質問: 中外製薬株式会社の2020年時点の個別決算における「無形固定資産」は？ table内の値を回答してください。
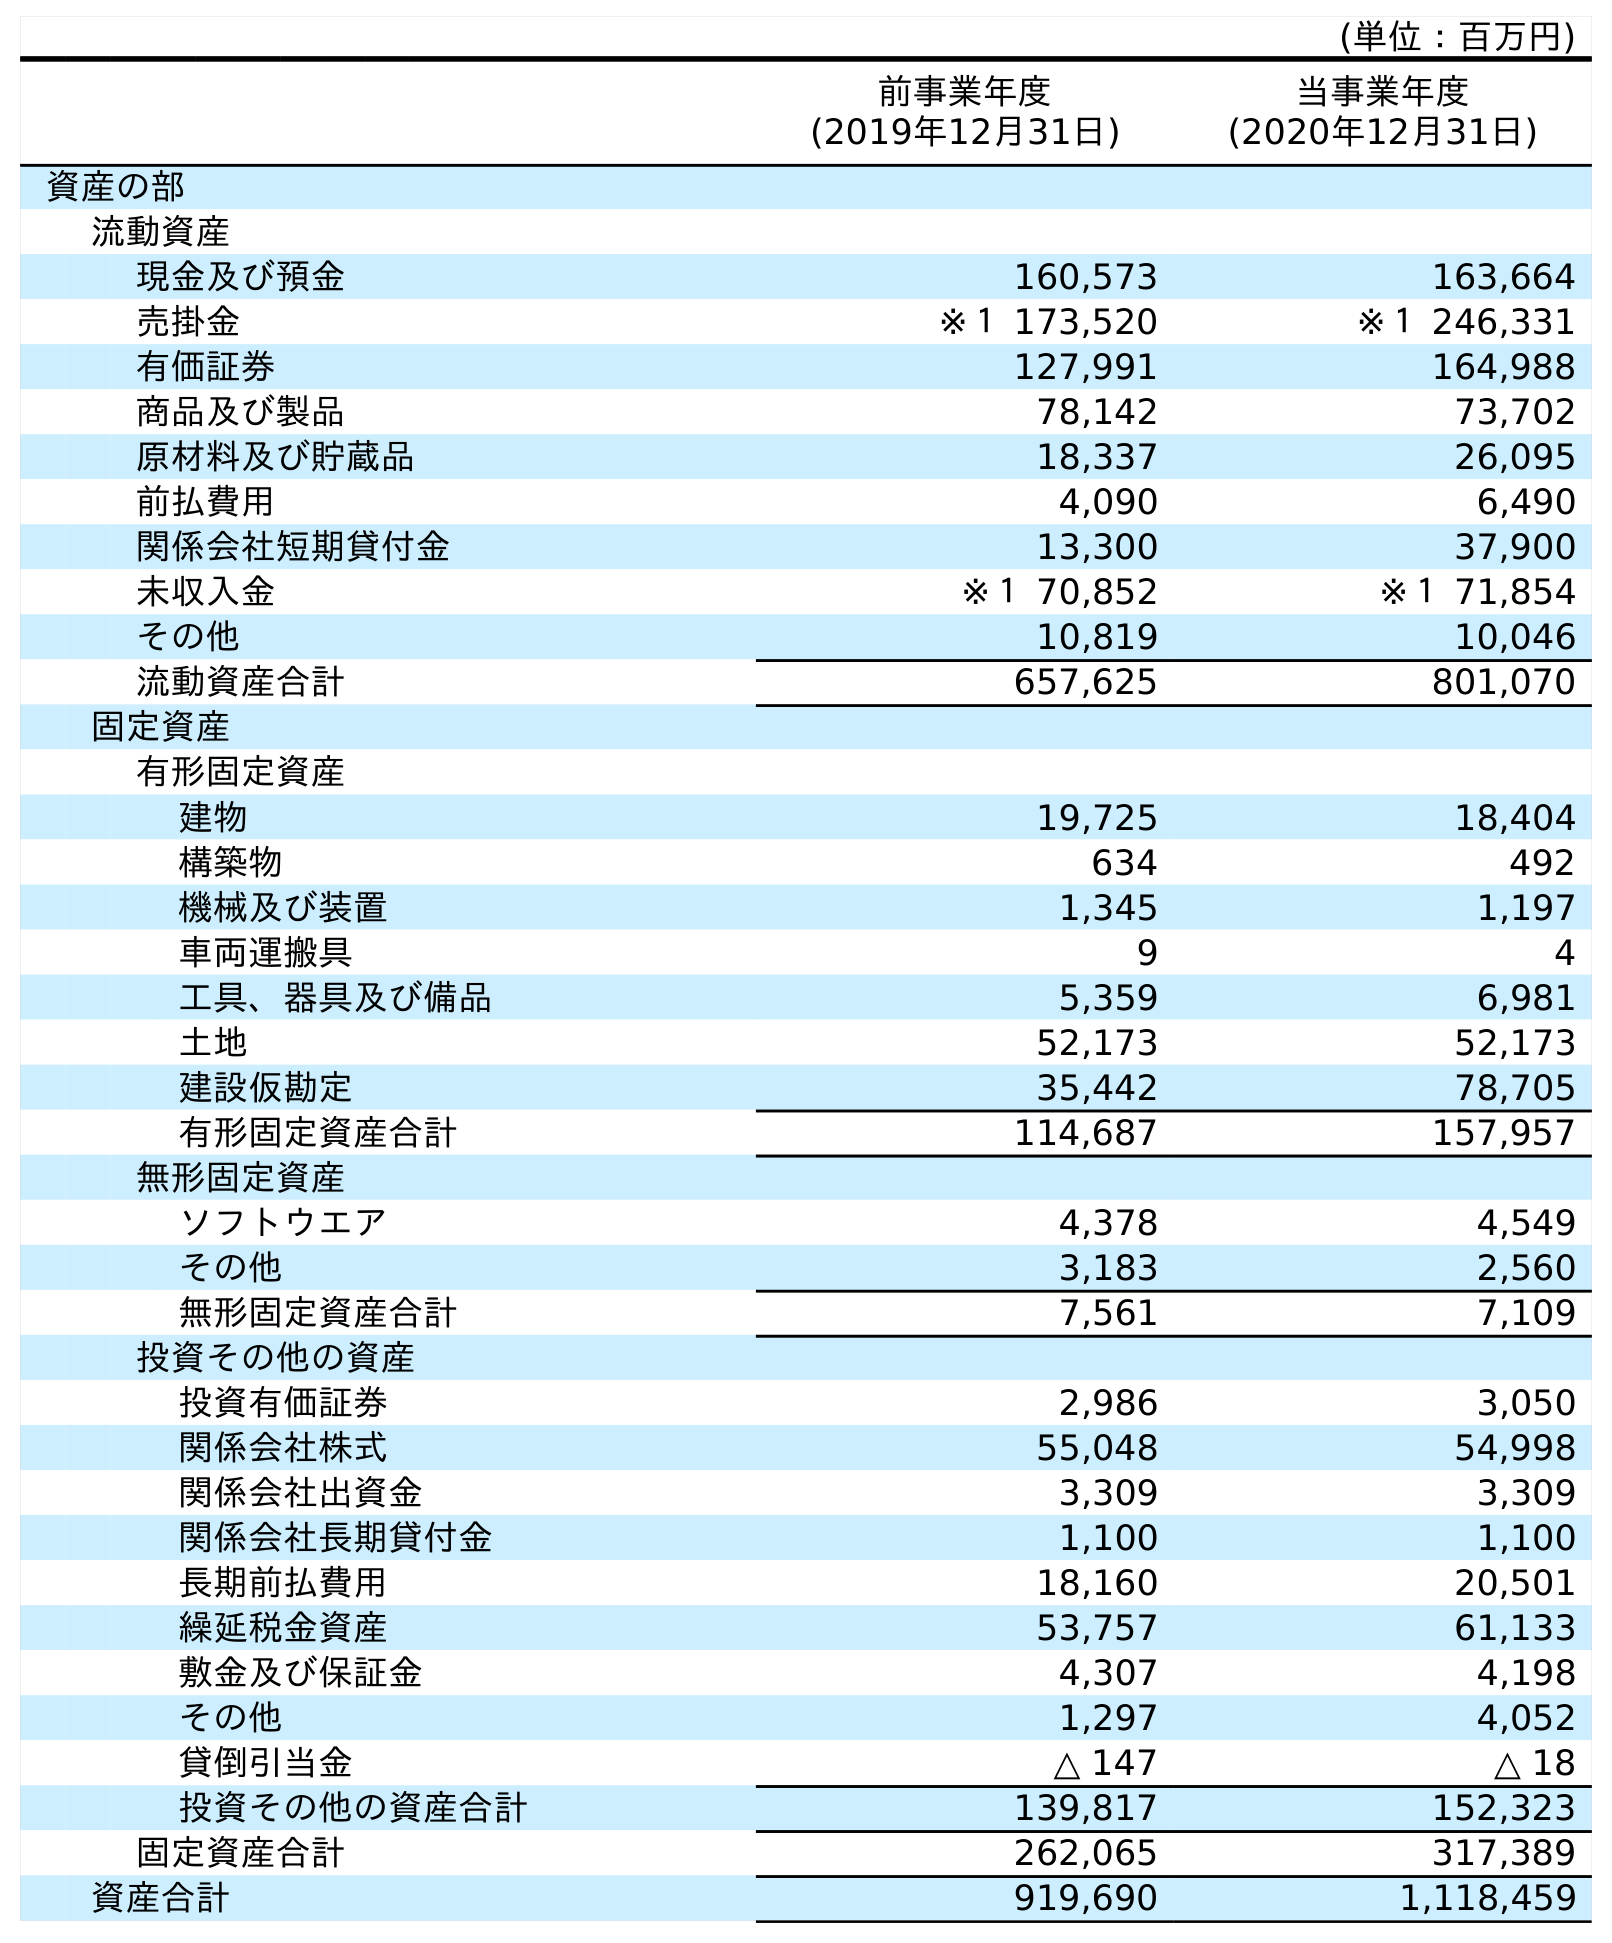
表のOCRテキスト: (単位：百万円) 前事業年度 (2019年12月31日) 当事業年度 (2020年12月31日) 資産の部 流動資産 現金及び預金 160,573 163,664 売掛金 ※１ 173,520 ※１ 246,331 有価証券 127,991 164,988 商品及び製品 78,142 73,702 原材料及び貯蔵品 18,337 26,095 前払費用 4,090 6,490 関係会社短期貸付金 13,300 37,900 未収入金 ※１ 70,852 ※１ 71,854 その他 10,819 10,046 流動資産合計 657,625 801,070 固定資産 有形固定資産 建物 19,725 18,404 構築物 634 492 機械及び装置 1,345 1,197 車両運搬具 9 4 工具、器具及び備品 5,359 6,981 土地 52,173 52,173 建設仮勘定 35,442 78,705 有形固定資産合計 114,687 157,957 無形固定資産 ソフトウエア 4,378 4,549 その他 3,183 2,560 無形固定資産合計 7,561 7,109 投資その他の資産 投資有価証券 2,986 3,050 関係会社株式 55,048 54,998 関係会社出資金 3,309 3,309 関係会社長期貸付金 1,100 1,100 長期前払費用 18,160 20,501 繰延税金資産 53,757 61,133 敷金及び保証金 4,307 4,198 その他 1,297 4,052 貸倒引当金 △ 147 △ 18 投資その他の資産合計 139,817 152,323 固定資産合計 262,065 317,389 資産合計 919,690 1,118,459
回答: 7,109